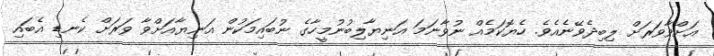
އަށްވާވަރަށް ލިބިދެވޭނެއެވެ. ހެޔޮކަމެއް ނުވާނަމަ އަނިޔާލިބުނުމީހާގެ ނުބައިމަކުން އަނިޔާއަށްވާ ވަރަށް ކެނޑި އެބައި